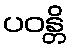
ပဝန္တိ